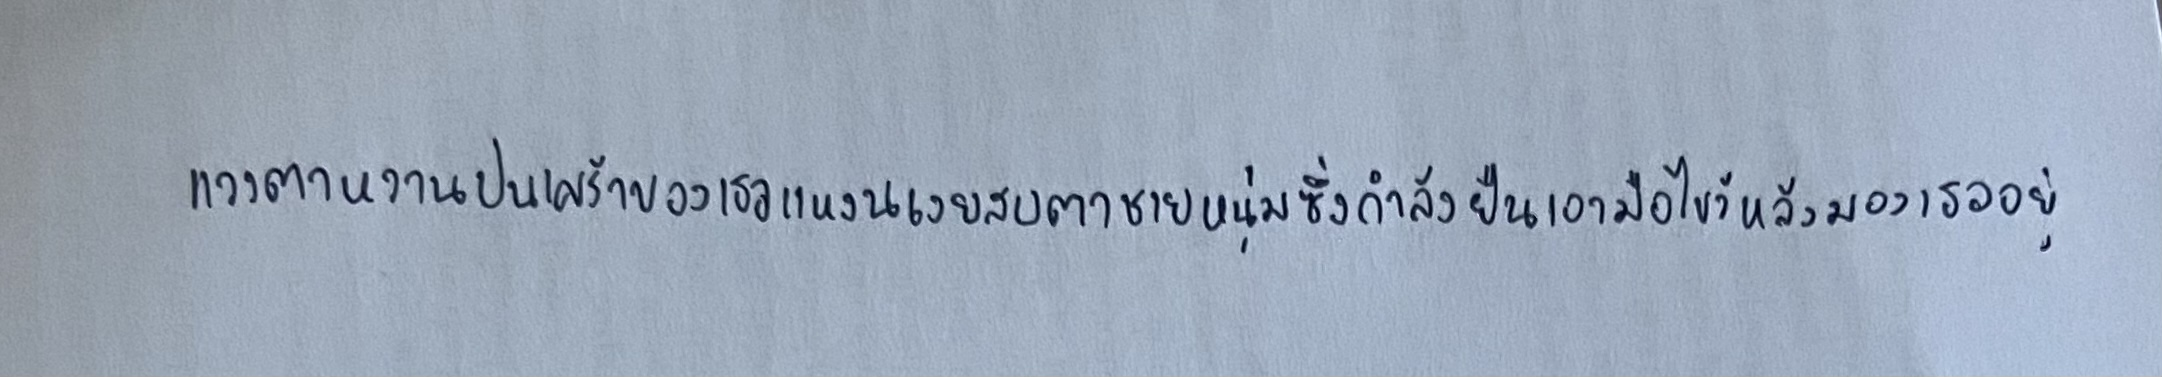
แววตาหวานปนเศร้าของเธอแหงนเงยสบตาชายหนุ่มซึ่งกำลังยืนเอามือไขว้หลังมองเธออยู่